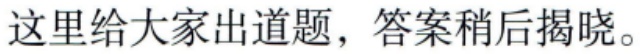
这里给大家出道题，答案稍后揭晓。